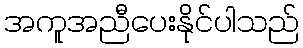
အကူအညီပေးနိုင်ပါသည်